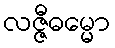
လဇ္ဇီဓမ္မော